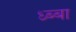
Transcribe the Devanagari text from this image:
ध्ब्बा